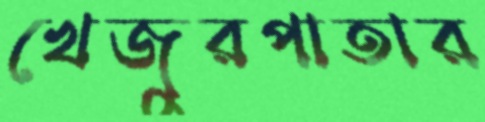
খেজুরপাতার